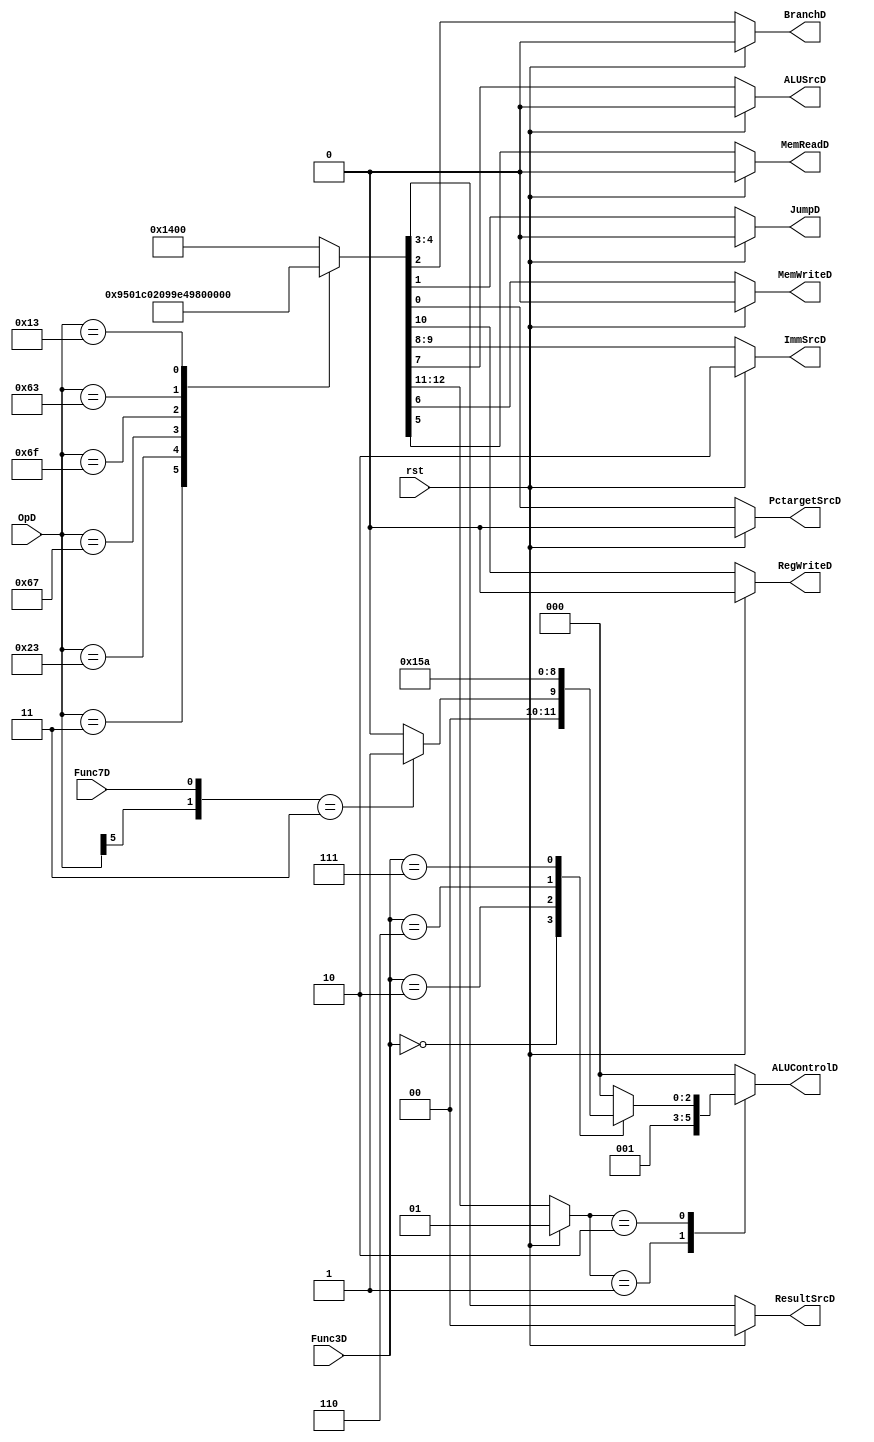
module control_logic (rst, OpD, Func3D, Func7D, BranchD, JumpD, ResultSrcD, MemWriteD, MemReadD, ALUSrcD, ImmSrcD, RegWriteD, ALUControlD, PctargetSrcD);
    //Input and OUtput Declaration
    input [6:0] OpD;
    input [2:0] Func3D;
    input Func7D, rst;
    output reg MemWriteD, MemReadD, ALUSrcD, RegWriteD, PctargetSrcD, BranchD, JumpD;
    output reg [1:0] ResultSrcD, ImmSrcD;
    output reg [2:0] ALUControlD;

    //Siganl Declaration
    wire [1:0] selD;
    reg [1:0] ALUOpD;

    //Code
    assign selD = {OpD[5], Func7D};
    localparam Lw = 7'b0000011, Sw = 7'b0100011, JalR = 7'b1100111, Jal= 7'b1101111, B_Type = 7'b1100011, I_Type = 7'b0010011, R_Type = 7'b0000011;

    //Main Decoder
    always @(*) begin
        if (rst == 1'b1) begin
            {ALUOpD, RegWriteD, ImmSrcD, ALUSrcD, MemWriteD, MemReadD, ResultSrcD, BranchD, JumpD, PctargetSrcD} = 13'b10_1_00_0_0_00_0_0_0;
        end
        else begin
            case (OpD)
                Lw:         {ALUOpD, RegWriteD, ImmSrcD, ALUSrcD, MemWriteD, MemReadD, ResultSrcD, BranchD, JumpD, PctargetSrcD} = 13'b00_1_00_1_0_1_01_0_0_0; 
                Sw:         {ALUOpD, RegWriteD, ImmSrcD, ALUSrcD, MemWriteD, MemReadD, ResultSrcD, BranchD, JumpD, PctargetSrcD} = 13'b00_0_01_1_1_0_00_0_0_0;
                JalR:       {ALUOpD, RegWriteD, ImmSrcD, ALUSrcD, MemWriteD, MemReadD, ResultSrcD, BranchD, JumpD, PctargetSrcD} = 13'b00_1_00_0_0_0_10_0_1_1;
                Jal:        {ALUOpD, RegWriteD, ImmSrcD, ALUSrcD, MemWriteD, MemReadD, ResultSrcD, BranchD, JumpD, PctargetSrcD} = 13'b00_1_11_1_0_0_10_0_1_0;
                B_Type:     {ALUOpD, RegWriteD, ImmSrcD, ALUSrcD, MemWriteD, MemReadD, ResultSrcD, BranchD, JumpD, PctargetSrcD} = 13'b01_0_10_0_0_0_00_1_0_0;
                I_Type:     {ALUOpD, RegWriteD, ImmSrcD, ALUSrcD, MemWriteD, MemReadD, ResultSrcD, BranchD, JumpD, PctargetSrcD} = 13'b10_1_00_1_0_0_00_0_0_0;
                R_Type:     {ALUOpD, RegWriteD, ImmSrcD, ALUSrcD, MemWriteD, MemReadD, ResultSrcD, BranchD, JumpD, PctargetSrcD} = 13'b10_1_00_0_0_0_00_0_0_0;
                default:    {ALUOpD, RegWriteD, ImmSrcD, ALUSrcD, MemWriteD, MemReadD, ResultSrcD, BranchD, JumpD, PctargetSrcD} = 13'b10_1_00_0_0_0_00_0_0_0;
            endcase
        end
    end

    //ALU Decoder
    always @(*) begin
        case (ALUOpD)
            2'b00:      ALUControlD = 3'b000;
            2'b01:      ALUControlD = 3'b001;
            2'b10:      begin
                case (Func3D)
                    3'b000:     begin
                        if (selD == 2'b11) begin
                            ALUControlD = 3'b001;
                        end
                        else begin
                            ALUControlD = 3'b000;
                        end
                    end
                    3'b010:     ALUControlD = 3'b101;
                    3'b110:     ALUControlD = 3'b011;
                    3'b111:     ALUControlD = 3'b010;
                    default:    ALUControlD = 3'b000;
                endcase
            end 
            default:    ALUControlD = 3'b000;
        endcase        
    end
endmodule